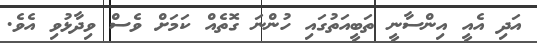
އަދި އެއީ އިންސާނީ ތަބީއަތުގައި ހުންނަ ގޮތެއް ކަމަށް ވެސް ވިދާޅުވި އެވެ.